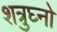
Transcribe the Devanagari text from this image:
शत्रुघ्नो